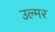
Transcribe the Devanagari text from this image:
उल्मर